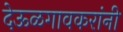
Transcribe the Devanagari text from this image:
देऊळगावकरांनी